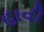
હાવી